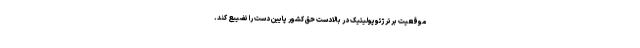
موقعیت برتر ژئوپولیتیک در بالادست حق کشور ‌پایین دست را تضییع کند.